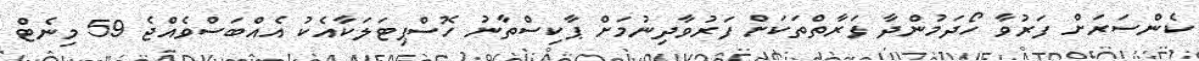
ކެންސަރަށް ފަރުވާ ހޯދަމުންދާ ފަރާތްތަކަށް ފަރުވާދިނުމަށް ޕާކިސްތާނު ހޮސްޕިޓަލަކާއެކު އެއްބަސްވެއްޖެ 59 މިނެޓް